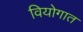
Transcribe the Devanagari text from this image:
वियोगात